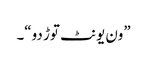
”ون یونٹ توڑ دو“۔